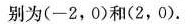
别为(-2，0)和(2，0).